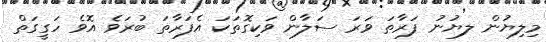
މިލިޔުން ލޔުނު ފަރާތަ ވަރަ ސަލާން ވަކިގޮތަކަ އެފަރާތަ ބުރަވެ އޮވެ ހަގީގަތް